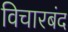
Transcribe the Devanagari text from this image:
विचारबंद